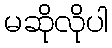
မဆိုလိုပါ